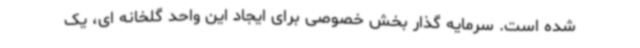
شده است. سرمایه گذار بخش خصوصی برای ایجاد این واحد گلخانه ای، یک